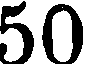
50